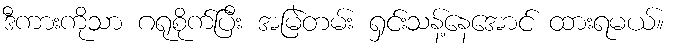
ဒီကားကိုသာ ဂရုစိုက်ပြီး အမြဲတမ်း ရှင်းသန့်နေအောင် ထားရမယ်။